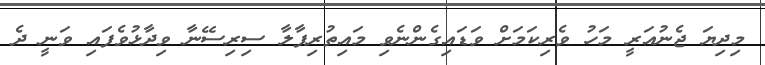
މިދިޔަ ޖެނުއަރީ މަހު ވެރިކަމަށް ވަޑައިގެންނެވި މައިތުރިޕާލާ ސިރިސޭނާ ވިދާޅުވެފައި ވަނީ ދެ